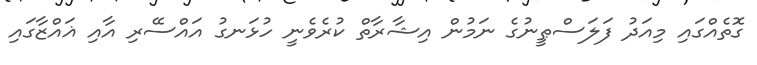
ގޮތެއްގައި މިއަދު ފަލަސްޠީނުގެ ނަމުން އިޝާރާތް ކުރެވެނީ ހުޅަނގު އައްސޭރި އާއި ޣައްޒާގައި